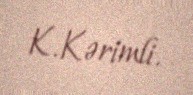
K.Kərimli.